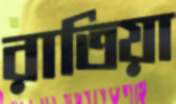
রাতিয়া